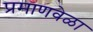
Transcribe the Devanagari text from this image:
प्रमाणवेळा